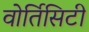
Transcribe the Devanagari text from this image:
वोर्तिसिटी